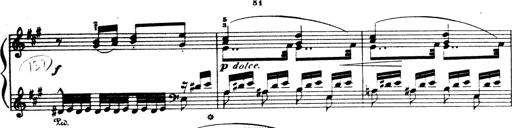
Title: Wagner-Liszt Album
Composer: Franz Liszt